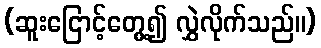
(ဆူးငြောင့်တွေ့၍ လွှဲလိုက်သည်။)